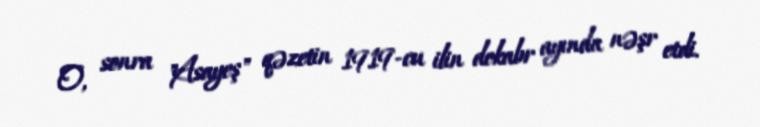
O, sonra "Asayeş" qəzetin 1919-cu ilin dekabr ayında nəşr etdi.